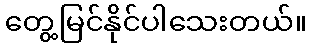
တွေ့မြင်နိုင်ပါသေးတယ်။